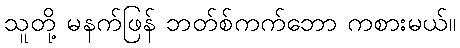
သူတို့ မနက်ဖြန် ဘတ်စ်ကက်ဘော ကစားမယ်။